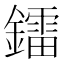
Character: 鐳